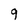
Character: 9